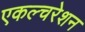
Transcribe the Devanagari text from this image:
एकल्चरेशन